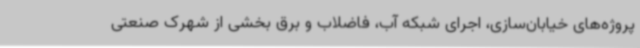
پروژه‌های خیابان‌سازی، اجرای شبکه آب، فاضلاب و برق بخشی از شهرک صنعتی